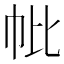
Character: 𢁦